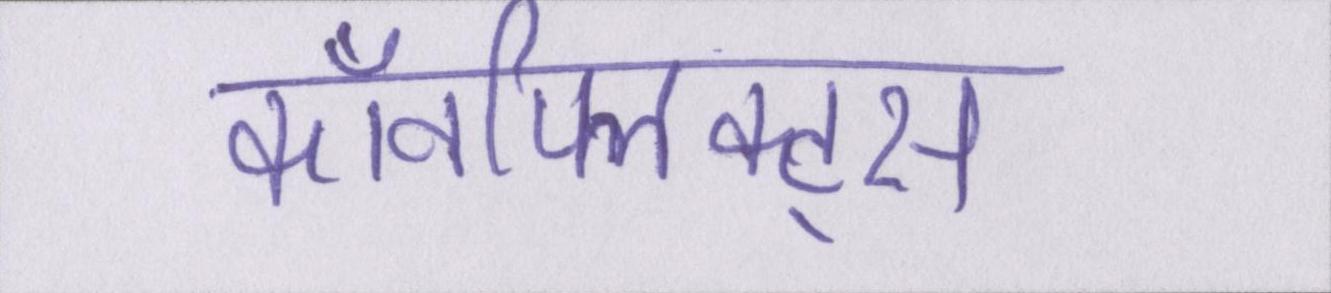
कॉनफ्लिक्ट्स